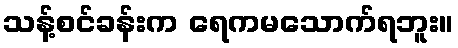
သန့်စင်ခန်းက ရေကမသောက်ရဘူး။